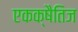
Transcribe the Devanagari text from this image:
एकक्षैतिज